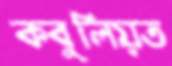
কবুলিয়ত